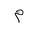
Letter: _mim